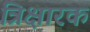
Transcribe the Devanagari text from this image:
त्रिक्षारक